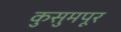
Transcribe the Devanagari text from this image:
कुसुमपूर